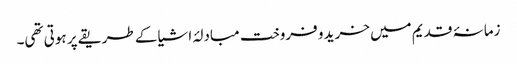
زمانۂ قدیم میں خرید و فروخت مبادلۂ اشیا کے طریقے پر ہوتی تھی۔